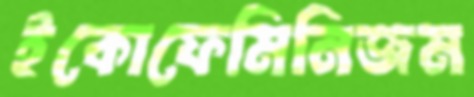
ইকোফেমিনিজম